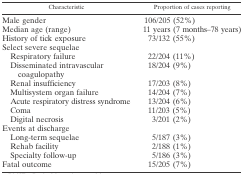
| Characteristic | Proportion of cases reporting |
 | --- | --- |
 | Male gender | 106/205 (52%) |
 | Median age (range) | 11 years (7 months–78 years) |
 | History of tick exposure | 73/132 (55%) |
 | <COLSPAN=2> Select severe sequelae |
 | Respiratory failure | 22/204 (11%) |
 | Disseminated intravascular coagulopathy | 18/204 (9%) |
 | Renal insufficiency | 17/203 (8%) |
 | Multisystem organ failure | 14/204 (7%) |
 | Acute respiratory distress syndrome | 13/204 (6%) |
 | Coma | 11/203 (5%) |
 | Digital necrosis | 3/201 (2%) |
 | <COLSPAN=2> Events at discharge |
 | Long-term sequelae | 5/187 (3%) |
 | Rehab facility | 2/188 (1%) |
 | Specialty follow-up | 5/186 (3%) |
 | Fatal outcome | 15/205 (7%) |